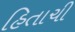
હિતાચી